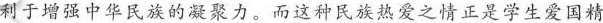
利于增强中华民族的凝聚力。而这种民族热爱之情正是学生爱国精